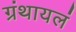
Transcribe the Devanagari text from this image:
ग्रंथायलं